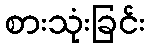
စားသုံးခြင်း